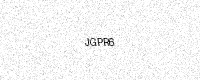
Text: JGPR6